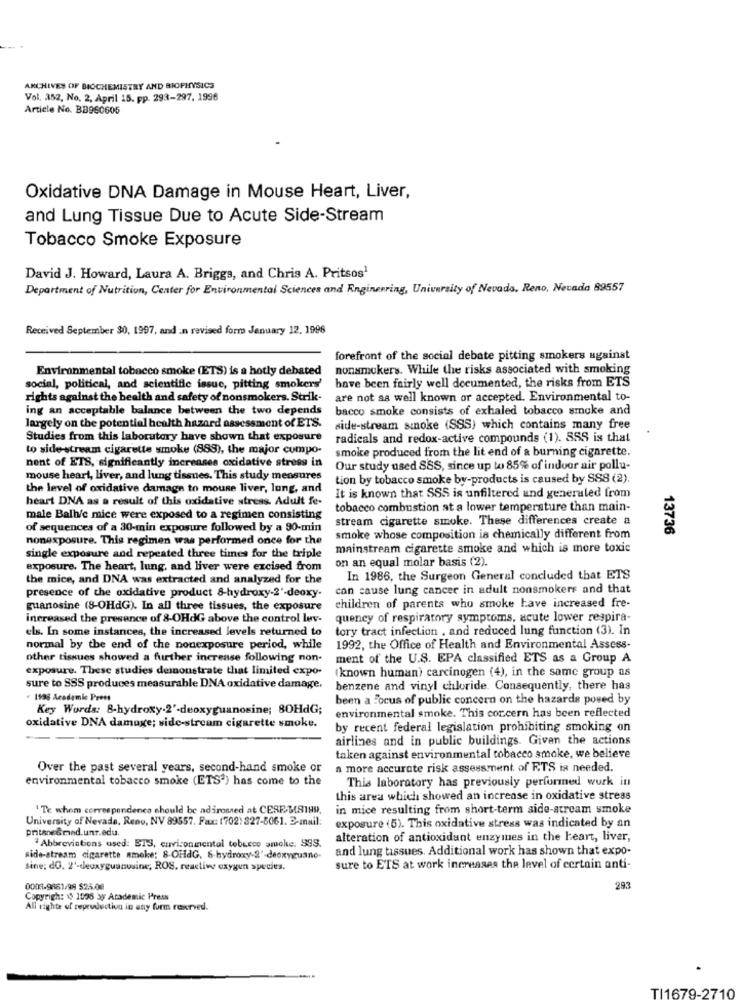
ARCHIVES OF BIOCHEMISTRY AND BIOPHYSICS
Vol. 352, No. 2. April 15. pp. 293-297. 1996
Article No. BB960605
Oxidative DNA Damage in Mouse Heart, Liver,
and Lung Tissue Due to Acute Side-Stream
Tobacco Smoke Exposure
David J. Howard, Laura A. Briggs, and Chris A. Pritsos1
Department of Nutrition, Center for Environmental Sciences and Engineering, University of Nevada, Reno, Nevada 89557
Received September 30, 1997, and :n revised formo Jenuary 12, 1996
forefront of the social debate pitting smokers against
Environmental tobacco smoke (ETS) is a hotly debated
nonsmokers. While the risks associated with smoking
social, political, and scientific issuc, pitting smokers'
have been fairly well documented, the risks from ETS
rights against the bealth and safety of nonsmokers. Strik-
are not as well known or accepted. Environmental to-
ing an acceptable balance between the two depends
bacco smoke consists of exhaled tobacco smoke and
largely on the potential health hazard assessment of ETS.
side-stream smoke (SSS) which contains many free
Studies from this laboratory have shown that exposure
radicals and redox-active compounds (1). SSS is that
to side-stream cigarette smoke (88S), the major compo-
smoke produced from the lit end of a burning cigarette.
nent of ETS, significantly increases oxidative stress in
Our study used SSS, since up to 85% of indoor air pollu-
mouse heart, liver, and lung tissues. This study measures
tion by tobacco smoke by-products is caused by SSS (2).
the level of oxidative damage to mouse liver, lung, and
heart DNA as a result of this oxidative stress. Adult fe-
It is known that SSS is unfiltered and generaled from
tobacco combustion at a lower temperature than main-
male Balb/c mice were exposed to a regimen consisting
stream cigarette smoke. These differences create a
of sequences of a 30-min exposure followed by a 90-min
nonexposure. This regimen was performed once for the
smoke whose composition is chemically different from
13736
mainstream cigarette smoke and which is more toxic
single exposure and repeated three times for the triple
on an equal molar basis (2).
exposure. The heart, lung, and liver were excised from
the mice, and DNA was extracted and analyzed for the
In 1986, the Surgeon General concluded that ETS
can cause lung cancer in adult nonsmokers and that
presence of the oxidative product 8-hydroxy-2'-deoxy-
guanosine (8-OHdG). In all three tissues, the exposure
children of parents who smoke have increased fre-
increased the presence of 8-OHdG above the control lev.
quency of respiratory symptoms, acute lower respira-
els. In some instances, the increased levels returned to
tory tract infection , and reduced lung function (3). In
normal by the end of the nonexposure period, while
1992, the Office of Health and Environmental Assess-
other tissues showed a further increase following non-
ment of the U.S. EPA classified ETS as a Group A
exposure. These studies demonstrate that limited expo-
known human) carcinogen (4), in the same group as
sure to SSS produces measurable DNA oxidative damage.
benzene and vinyl chloride. Consequently, there has
1198 Academic Press
been a Focus of public concern on the hazards posed by
Key Words: 8-hydroxy.2'-deoxyguanosine; 80HdG;
environmental smoke. This cor.cern has been reflected
oxidative DNA damage; side-stream cigarette smoke.
by recent federal legislation prohibiting smoking on
airlines and in public buildings. Given the actions
taken against environmental tobacco smoke, we believe
Over the past several years, second-hand smoke or
a more accurate risk assessment of ETS is needed.
environmental tobacco smoke (ETS') has come to the
This laboratory has previously performed work in
this area which showed an increase in oxidative stress
'Te whom correspondence should be adirossed at CESE-MS199
in mice resulting from short-term side-stream smoke
University of Nevada, Reno, NV 89557. Fax: (702: 327-5061. E-mail:
prithe@med.uns.edu.
exposure (5). This oxidative stress was indicated by an
" Abbreviations used: ET3, environmental tebucco smoke, SSS.
alteration of antioxidant enzymes in the heart, liver,
and lung tissues. Additional work has shown that expo-
Ride-stream cigarette smoke: 8-OHdG, 6-hydroxy-2'-deoxyguano-
sine: dG. 2'-deoxyguanusine; ROS, reactive oxygen species.
sure to ETS at work increases the level of certain anti-
0008-9661/98 $25.00
293
Copyrigh: 10 1098 3y Academic Press
All righte of reproduction in any form rexrved.
TI1679-2710